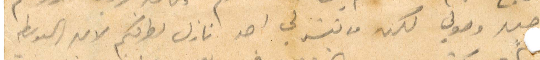
خبر وصولي لكن ما تيسر لي احد نازل لطرفكم لان البوسطة